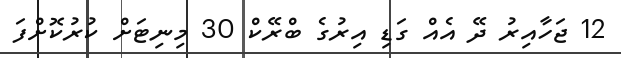
12 ޖަހާއިރު ދޭ އެއް ގަޑި އިރުގެ ބްރޭކް 30 މިނިޓަށް ކުރުކޮށްފަ